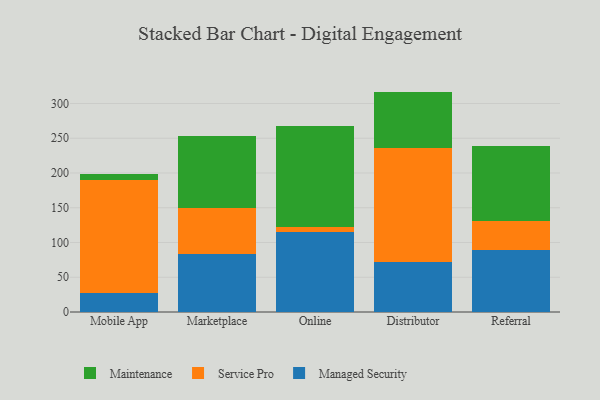
{"axis": {"x": "Channel", "y": "Satisfaction Score"}, "legend": ["Maintenance", "Managed Security", "Service Pro"], "data": [{"x": "Mobile App", "y": 26.8, "type": "Managed Security"}, {"x": "Mobile App", "y": 163.6, "type": "Service Pro"}, {"x": "Mobile App", "y": 8.0, "type": "Maintenance"}, {"x": "Marketplace", "y": 83.9, "type": "Managed Security"}, {"x": "Marketplace", "y": 65.4, "type": "Service Pro"}, {"x": "Marketplace", "y": 103.9, "type": "Maintenance"}, {"x": "Online", "y": 115.7, "type": "Managed Security"}, {"x": "Online", "y": 6.9, "type": "Service Pro"}, {"x": "Online", "y": 145.6, "type": "Maintenance"}, {"x": "Distributor", "y": 71.6, "type": "Managed Security"}, {"x": "Distributor", "y": 164.6, "type": "Service Pro"}, {"x": "Distributor", "y": 80.9, "type": "Maintenance"}, {"x": "Referral", "y": 88.9, "type": "Managed Security"}, {"x": "Referral", "y": 42.5, "type": "Service Pro"}, {"x": "Referral", "y": 108.0, "type": "Maintenance"}]}